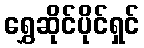
ရွှေဆိုင်ပိုင်ရှင်